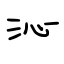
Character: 沁